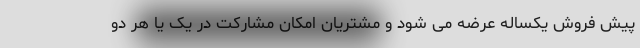
پیش فروش یکساله عرضه می شود و مشتریان امکان مشارکت در یک یا هر دو